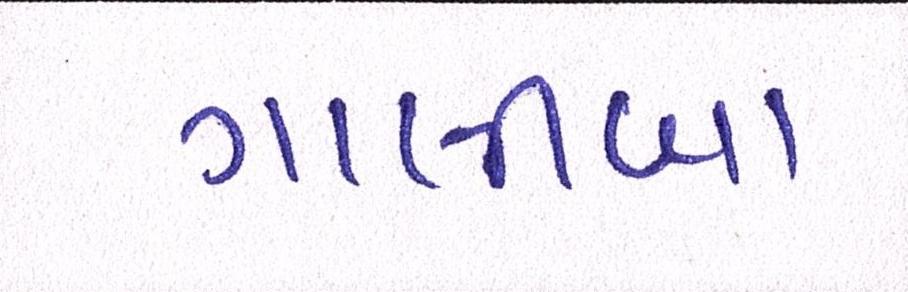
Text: ગાલીબા